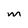
Character: m